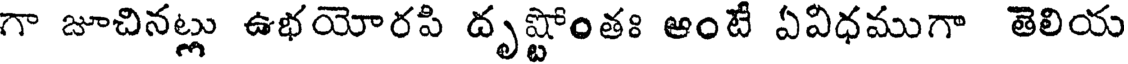
గా జూచినట్లు ఉభయోరపి దృష్టోంతః ఆంటే ఏవిధముగా తెలియ